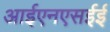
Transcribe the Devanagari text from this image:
आईएनएसईई